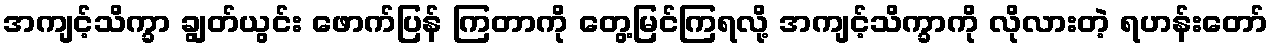
အကျင့်သိက္ခာ ချွတ်ယွင်း ဖောက်ပြန် ကြတာကို တွေ့မြင်ကြရလို့ အကျင့်သိက္ခာကို လိုလားတဲ့ ရဟန်းတော်